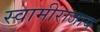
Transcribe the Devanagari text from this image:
स्वामीराजाय